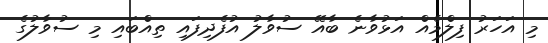
މި އަހަރު ފިލްމެއް އަޅުވާނެ ބާއޭ ސުވާލު އުފެދިފައި ތިއްބައި މި ސުވާލުގެ